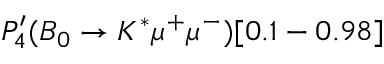
P _ { 4 } ^ { \prime } ( B _ { 0 } \to K ^ { * } \mu ^ { + } \mu ^ { - } ) [ 0 . 1 - 0 . 9 8 ]